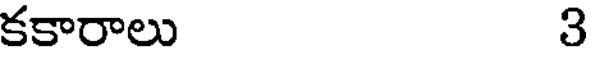
కకారాలు 3